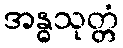
အန္ဓသုတ္တံ